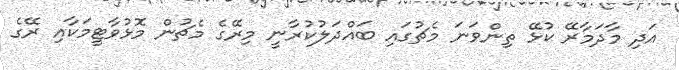
އަދި މާދަމާރޭ ކުޅޭ ތިންވަނަ މެޗުގައި ބައްދަލުކުރާނީ މިރޭގެ މެޗުން މޮޅުވާޓީމަކާއި ރޭގެ